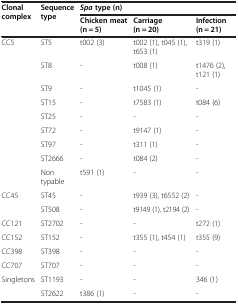
| <ROWSPAN=2> Clonal complex | <ROWSPAN=2> Sequence type | <COLSPAN=3> Spatype (n) |
 | Chicken meat (n = 5) | Carriage (n = 20) | Infection (n = 21) |
 | --- | --- | --- | --- | --- |
 | CC5 | ST5 | t002 (3) | t002 (1), t045 (1), t653 (1) | t319 (1) |
 |  | ST8 | - | t008 (1) | t1476 (2), t121 (1) |
 |  | ST9 | - | t1045 (1) | - |
 |  | ST15 | - | t7583 (1) | t084 (6) |
 |  | ST25 | - | - | - |
 |  | ST72 | - | t9147 (1) | - |
 |  | ST97 | - | t311 (1) | - |
 |  | ST2666 | - | t084 (2) | - |
 |  | Non typable | t591 (1) | - | - |
 | CC45 | ST45 | - | t939 (3), t6552 (2) | - |
 |  | ST508 | - | t9149 (1), t2194 (2) | - |
 | CC121 | ST2702 | - | - | t272 (1) |
 | CC152 | ST152 | - | t355 (1), t454 (1) | t355 (9) |
 | CC398 | ST398 | - | - | - |
 | CC707 | ST707 | - | - | - |
 | Singletons | ST1193 | - | - | 346 (1) |
 |  | ST2622 | t386 (1) | - | - |